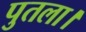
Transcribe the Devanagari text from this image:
पुतला।